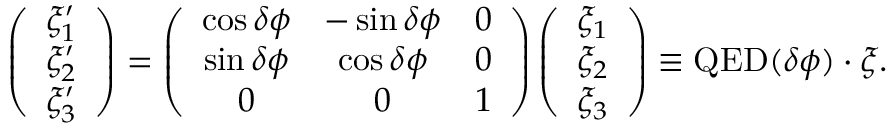
\left( \begin{array} { l } { \xi _ { 1 } ^ { \prime } } \\ { \xi _ { 2 } ^ { \prime } } \\ { \xi _ { 3 } ^ { \prime } } \end{array} \right) = \left( \begin{array} { c c c } { \cos \delta \phi } & { - \sin \delta \phi } & { 0 } \\ { \sin \delta \phi } & { \cos \delta \phi } & { 0 } \\ { 0 } & { 0 } & { 1 } \end{array} \right) \left( \begin{array} { l } { \xi _ { 1 } } \\ { \xi _ { 2 } } \\ { \xi _ { 3 } } \end{array} \right) \equiv { \mathrm { Q E D } } ( \delta \phi ) \cdot \boldsymbol { \xi } .